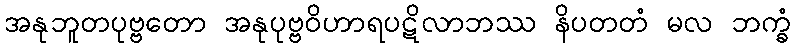
အနုဘူတပုဗ္ဗတော အနုပုဗ္ဗဝိဟာရပဋိလာဘဿ နိပတတံ မလ ဘက္ခံ